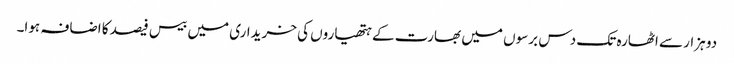
دو ہزار سے اٹھارہ تک دس برسوں میں بھارت کے ہتھیاروں کی خریداری میں بیس فیصد کا اضافہ ہوا۔